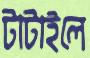
টাটাইলে